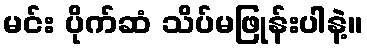
မင်း ပိုက်ဆံ သိပ်မဖြုန်းပါနဲ့။